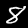
Digit: 8